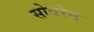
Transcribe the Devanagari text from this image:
सोवरेन